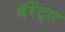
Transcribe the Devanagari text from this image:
बॅरेंट्‌स